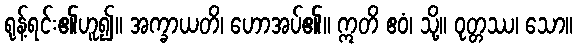
ရုန့်ရင်း၏ဟူ၍။ အက္ခာယတိ၊ ဟောအပ်၏။ ဣတိ ဧဝံ၊ သို့။ ဝုတ္တဿ၊ သော။